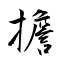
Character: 擔